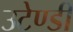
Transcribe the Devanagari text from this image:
उटेण्डी